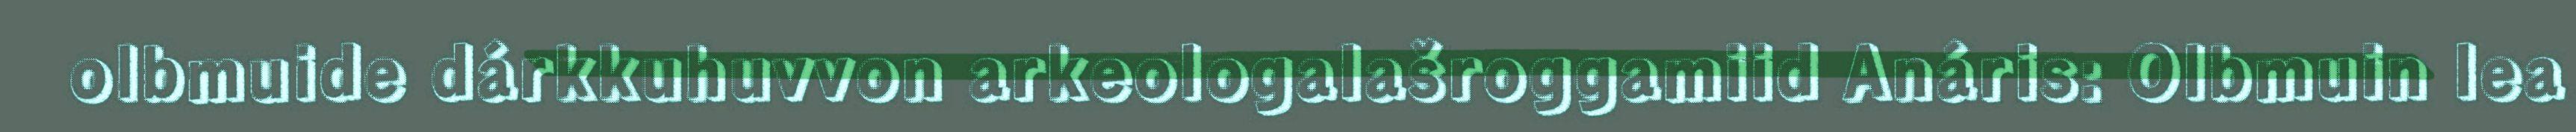
olbmuide dárkkuhuvvon arkeologalašroggamiid Anáris: Olbmuin lea